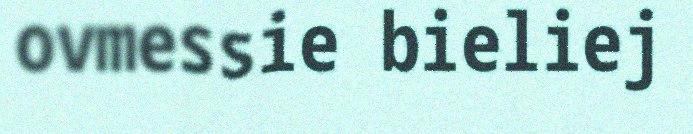
ovmessie bieliej